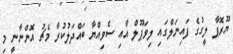
ޔޫރޮޕާ ލީގުގެ ފައިނަލްގައި ލިވަޕޫލް އާއި ސެވިއްޔާ ބައްދަލުކުރާ މެޗު އޮންނާނީ މި